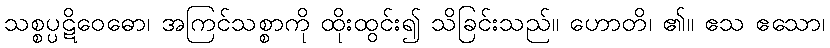
သစ္စပ္ပဋိဝေဓော၊ အကြင်သစ္စာကို ထိုးထွင်း၍ သိခြင်းသည်။ ဟောတိ၊ ၏။ ဧသ ဧသော၊